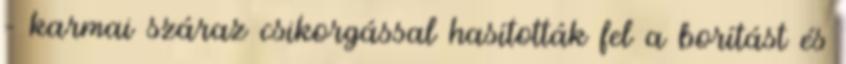
– karmai száraz csikorgással hasították fel a borítást és